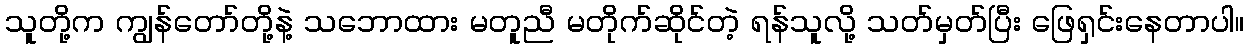
သူတို့က ကျွန်တော်တို့နဲ့ သဘောထား မတူညီ မတိုက်ဆိုင်တဲ့ ရန်သူလို့ သတ်မှတ်ပြီး ဖြေရှင်းနေတာပါ။